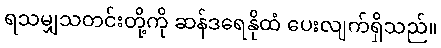
ရသမျှသတင်းတို့ကို ဆန်ဒရေနိုထံ ပေးလျက်ရှိသည်။